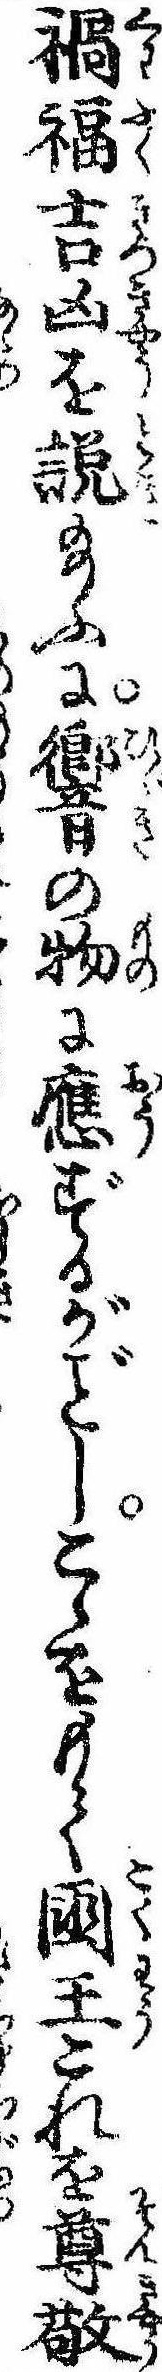
禍福吉凶を説給ふに響の物に応ずるがしこゝをもて国王これを尊敬